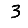
Digit: 3